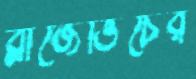
ব্লাজেভিচের